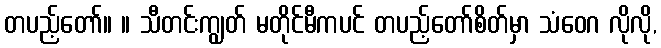
တပည့်တော်။ ။ သီတင်းကျွတ် မတိုင်မီကပင် တပည့်တော်စိတ်မှာ သံဝေဂ လိုလို,